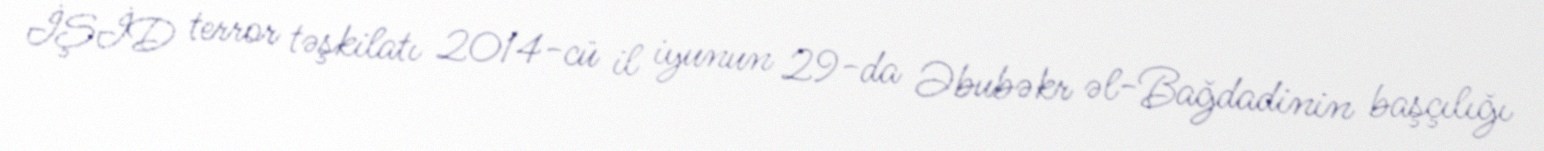
İŞİD terror təşkilatı 2014-cü il iyunun 29-da Əbubəkr əl-Bağdadinin başçılığı